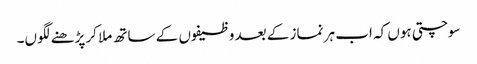
سوچتی ہوں کہ اب ہر نماز کے بعد وظیفوں کے ساتھ ملا کر پڑھنے لگوں۔